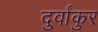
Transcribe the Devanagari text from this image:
दुर्वांकुर